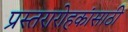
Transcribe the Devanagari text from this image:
प्रस्तरारोहकांसाठी